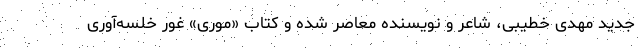
جدید مهدی خطیبی، شاعر و نویسنده معاصر شده و کتاب «موری» غور خلسه‌آوری